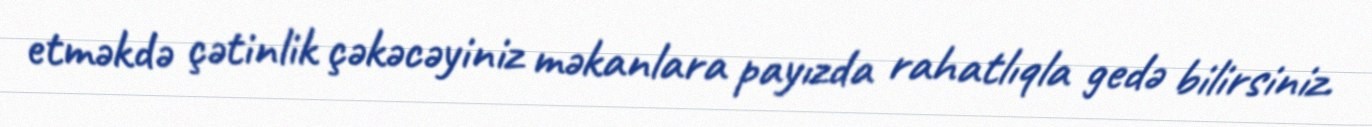
etməkdə çətinlik çəkəcəyiniz məkanlara payızda rahatlıqla gedə bilirsiniz.